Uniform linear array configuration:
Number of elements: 16
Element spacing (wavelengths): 0.5
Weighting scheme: cosine
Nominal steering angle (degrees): -60
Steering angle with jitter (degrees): -58.278
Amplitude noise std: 0.05
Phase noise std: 0.05

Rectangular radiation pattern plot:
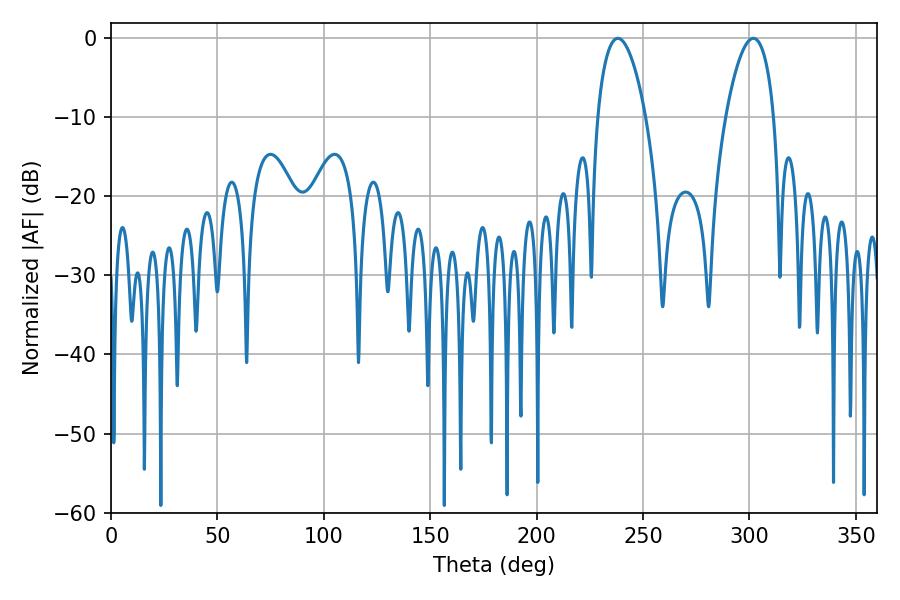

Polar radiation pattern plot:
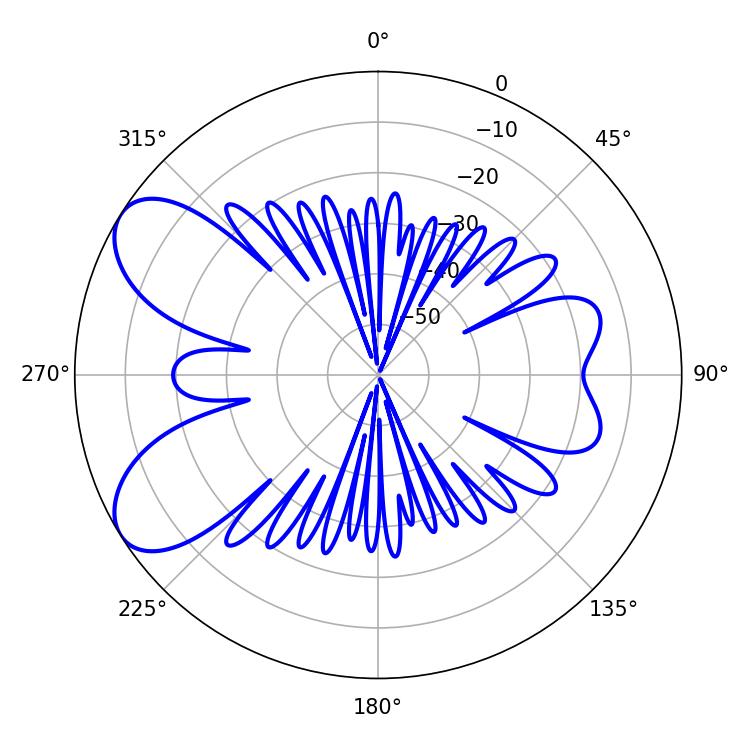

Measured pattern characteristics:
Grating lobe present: FALSE
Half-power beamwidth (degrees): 12.78
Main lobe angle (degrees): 301.86